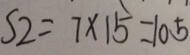
S _ { 2 } = 7 \times 1 5 = 1 0 5